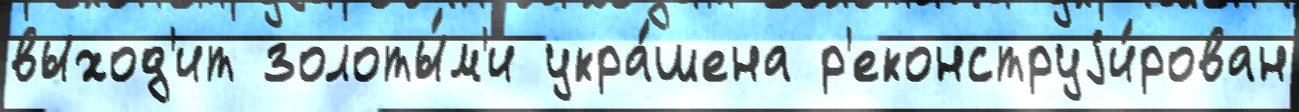
выход'ит золоты́м'и укра́шена р'еконструjи́рован